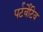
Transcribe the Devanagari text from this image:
पर्टर्बेटिव